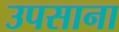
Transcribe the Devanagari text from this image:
उपसाना